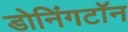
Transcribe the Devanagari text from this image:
डोनिंगटॉन